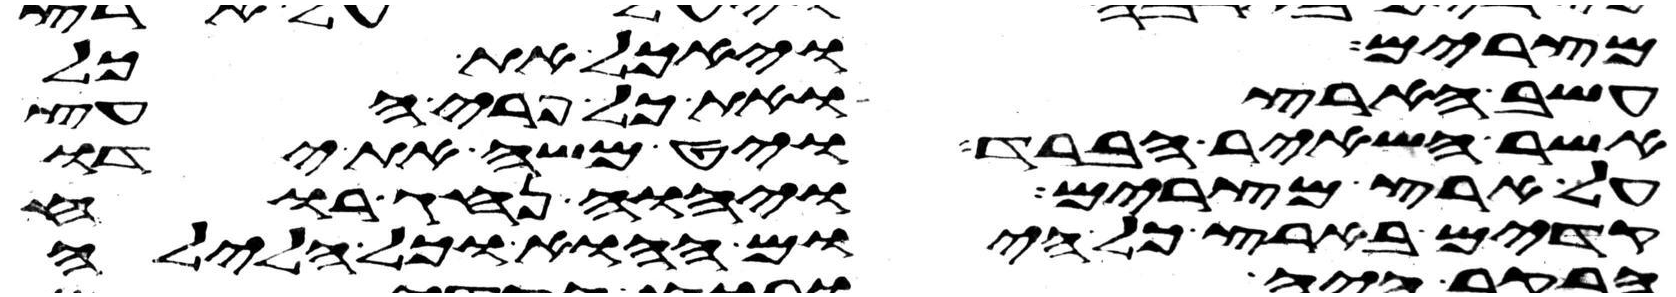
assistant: מצרים ויאכל את כל
עשב הארץ ואת כל פרי העץ
אשר השאיר הברד ויט משה את ידו
על ארץ מצרים ויהוה נהג רוח
קדים בארץ כל היום ההוא וכל הלילה